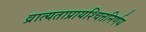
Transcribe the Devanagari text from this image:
व्रात्यताप्रायश्चित्तनिर्णय